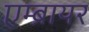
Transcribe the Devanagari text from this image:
एम्ब्रायर